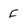
Character: f